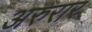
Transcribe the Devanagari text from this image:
अरुरार